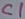
Text: C1